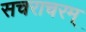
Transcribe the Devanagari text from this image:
सचराचरम्